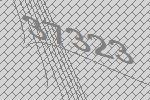
37323